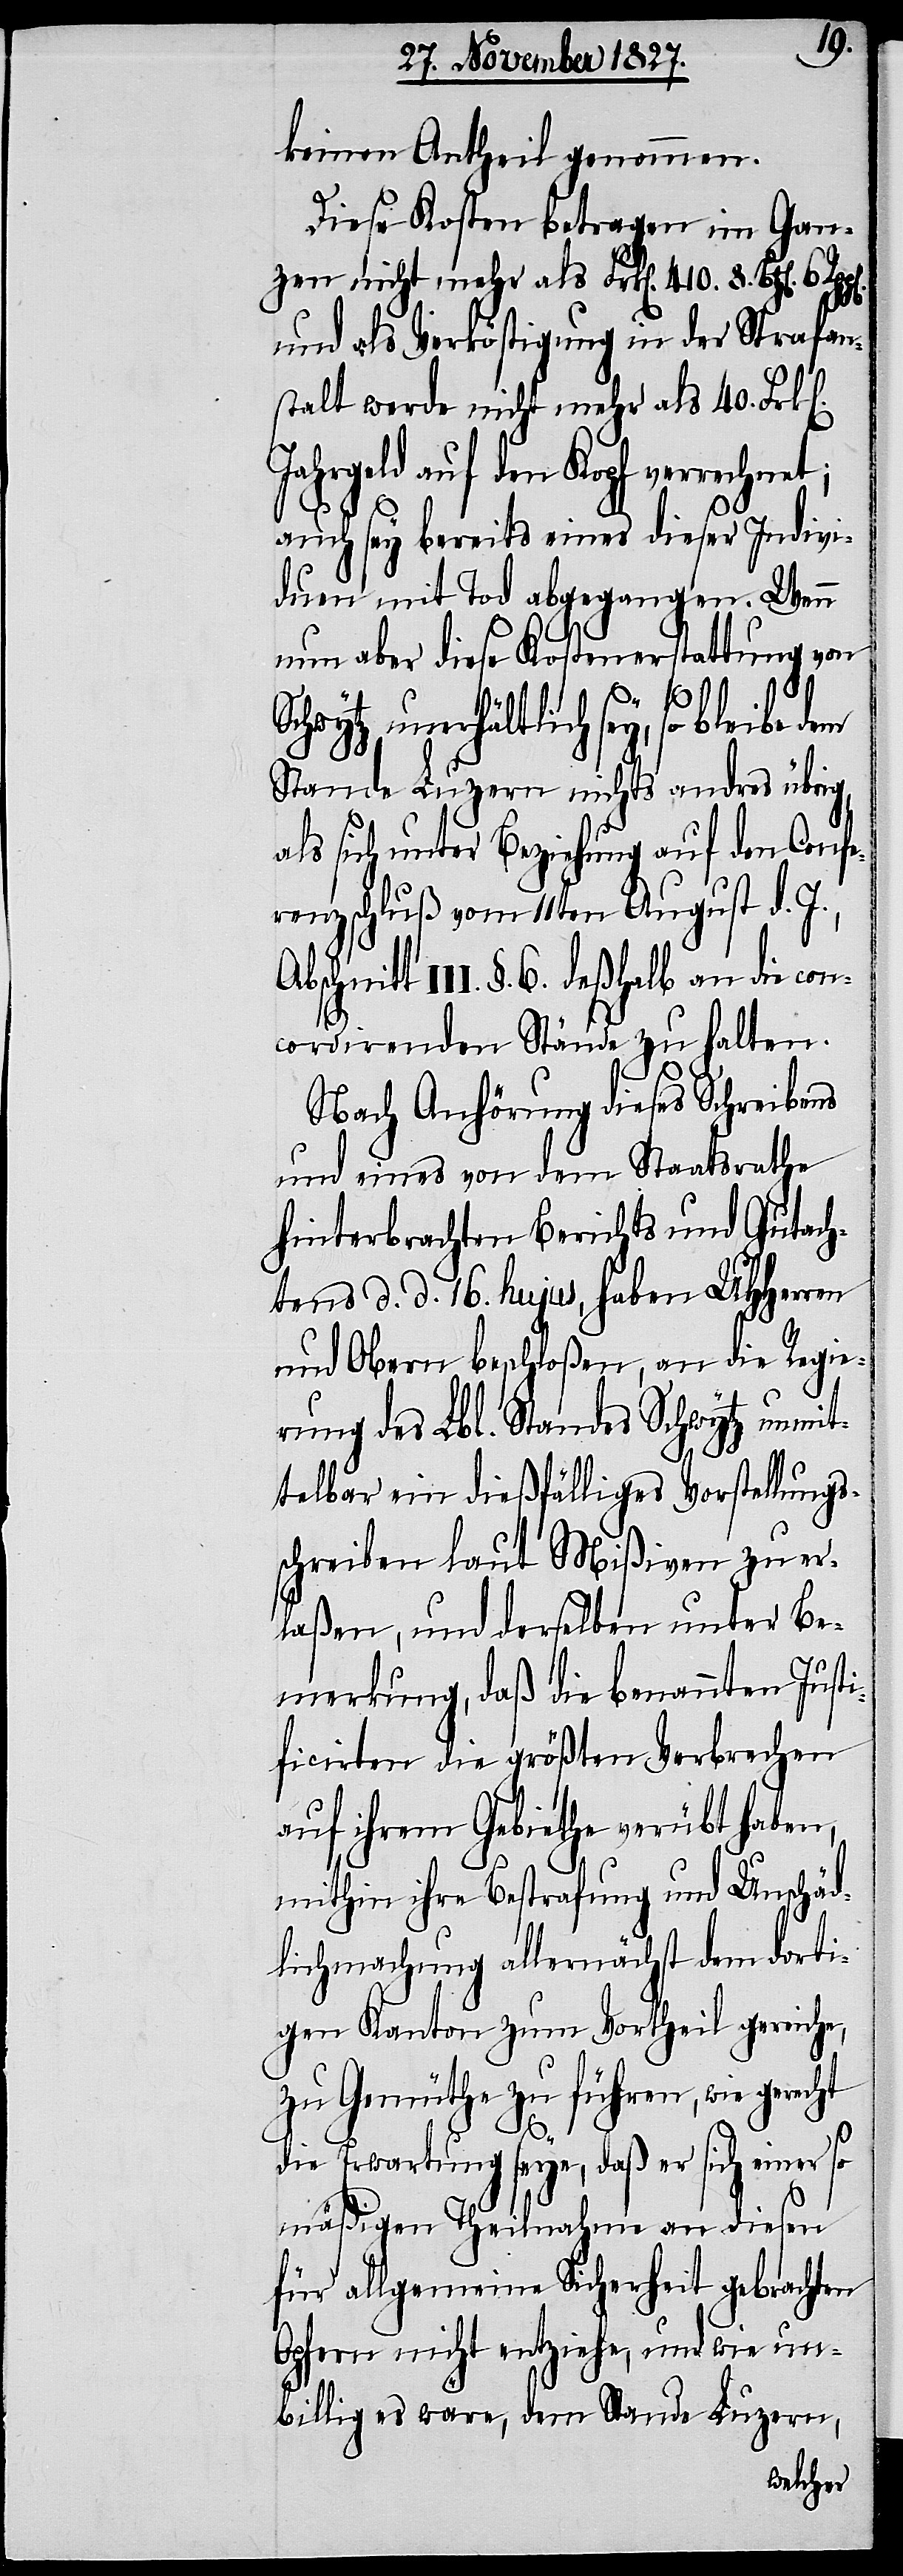
keinen Antheil genommen.
Diese Kosten betragen im Gan¬
zen nicht mehr als Frk[en]. 410. 8.
und als Verköstigung in der Strafan¬
stalt werde nicht mehr als 40. Frk[e¬
Jahrgeld auf den Kopf verrechnet;
S¬
auch sey bereits eines dieser Indivi¬
duen mit Tod abgegangen. Wenn
nun aber diese Kostenerstattung von
chwytz unerhältlich sey, so bleibe
Stande Luzern nichts andres übrig,
als sich unter Beziehung auf den Confe¬
renzbeschluß vom 11ten August d. J.,
III. §. 6. deßhalb an die con¬
cordirenden Stände zu halten.
Nach Anhörung dieses Schreibens
und eines von dem Staatsrathe
hinterbrachten Berichts und Gutach¬
tens d. d. 16. hujus, haben UHHerren
und Obern beschloßen, an die Regie¬
rung des Lbl. Standes Schwytz unmit¬
telbar ein dießfälliges Vorstellungs¬
schreiben laut Mißiven zu er¬
laßen, und derselben unter Be¬
merkung, daß die benannten Just¬
ificirten die größten Verbrechen
auf ihrem Gebiethe verübt haben,
mithin ihre Bestrafung und Unschäd¬
lichmachung allernächst dem dorti¬
gen Kanton zum Vortheil gereiche,
zu Gemüthe zu führen, wie gerecht
n].
die Erwartung seye, daß er sich einer so
mäßigen Theilnahme an diesen
für allgemeine Sicherheit gebrachten
Opfern nicht entziehe, und wie un¬
billig es wäre, dem Stande Luzern,